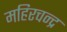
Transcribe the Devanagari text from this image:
महिरचन्द्र